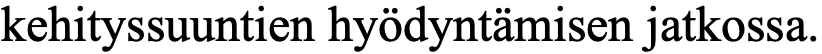
kehityssuuntien hyödyntämisen jatkossa.